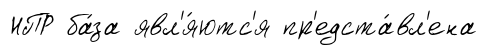
НПР ба́за явл'я́ютс'я пр'едста́вл'ена